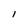
Character: I